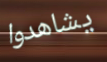
يشاهدوا